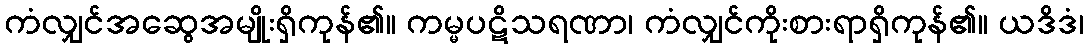
ကံလျှင်အဆွေအမျိုးရှိကုန်၏။ ကမ္မပဋိသရဏာ၊ ကံလျှင်ကိုးစားရာရှိကုန်၏။ ယဒိဒံ၊